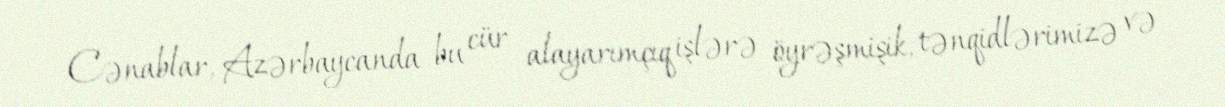
Cənablar, Azərbaycanda bu cür alayarımçıq işlərə öyrəşmişik, tənqidlərimizə və